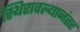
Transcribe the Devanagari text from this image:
स्थिरावल्यानंतर